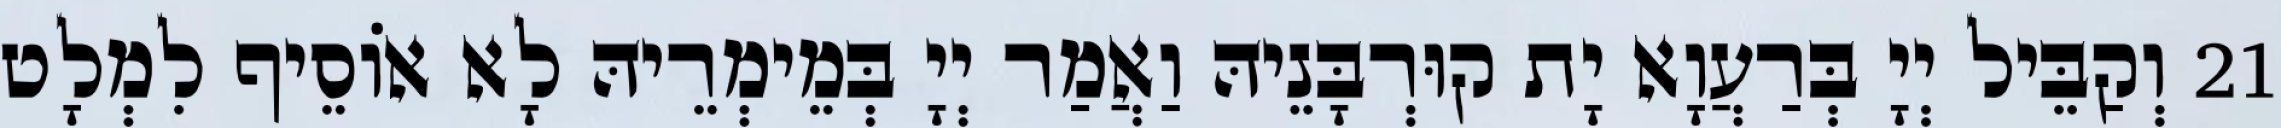
21 וְקַבֵּיל יְיָ בְּרַעֲוָא יָת קוּרְבָּנֵיהּ וַאֲמַר יְיָ בְּמֵימְרֵיהּ לָא אוֹסֵיף לִמְלָט